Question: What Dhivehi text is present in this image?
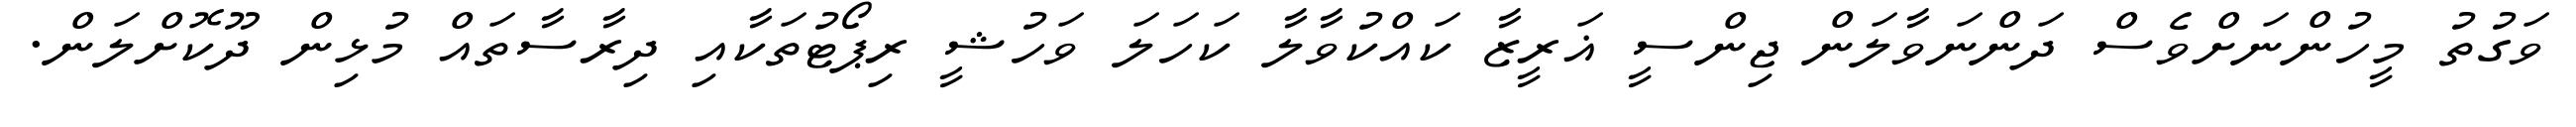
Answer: ވަގުތު މީހުންނަށްވެސް ދަންނަވާލަން ޖިންސީ ޣަރީޒާ ކައްކުވާލާ ކަހަލަ ވަހުޝީ ރިޕޯޓުތަކާއި ދިރާސާތައް މުޅިން ދޫކޮށްލަން.